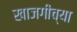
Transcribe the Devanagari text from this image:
खाजगीच्या